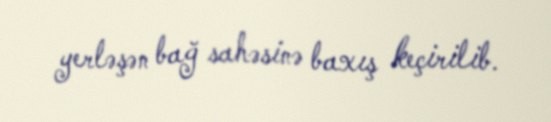
yerləşən bağ sahəsinə baxış keçirilib.